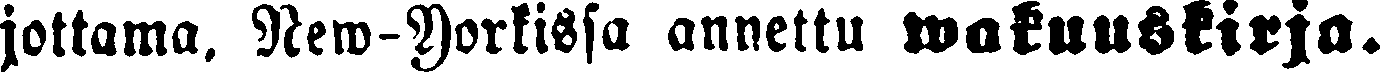
jottama. New-Yorkissa annettu wakuuskirja.